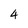
Character: 4